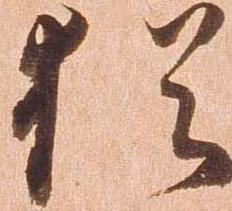
猶